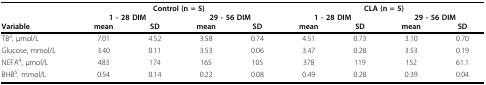
<table><thead><tr><td></td><td colspan="4"><b>Control (n = 5)</b></td><td colspan="4"><b>CLA (n = 5)</b></td></tr><tr><td></td><td colspan="2"><b>1 - 28 DIM</b></td><td colspan="2"><b>29 - 56 DIM</b></td><td colspan="2"><b>1 - 28 DIM</b></td><td colspan="2"><b>29 - 56 DIM</b></td></tr><tr><td><b>Variable</b></td><td><b>mean</b></td><td><b>SD</b></td><td><b>mean</b></td><td><b>SD</b></td><td><b>mean</b></td><td><b>SD</b></td><td><b>mean</b></td><td><b>SD</b></td></tr></thead><tbody><tr><td>TB<sup>3</sup>, μmol/L</td><td>7.01</td><td>4.52</td><td>3.58</td><td>0.74</td><td>4.51</td><td>0.73</td><td>3.10</td><td>0.70</td></tr><tr><td>Glucose, mmol/L</td><td>3.40</td><td>0.11</td><td>3.53</td><td>0.06</td><td>3.47</td><td>0.28</td><td>3.53</td><td>0.19</td></tr><tr><td>NEFA<sup>4</sup>, μmol/L</td><td>483</td><td>174</td><td>165</td><td>105</td><td>378</td><td>119</td><td>152</td><td>61.1</td></tr><tr><td>BHB<sup>5</sup>, mmol/L</td><td>0.54</td><td>0.14</td><td>0.22</td><td>0.08</td><td>0.49</td><td>0.28</td><td>0.39</td><td>0.04</td></tr></tbody></table>